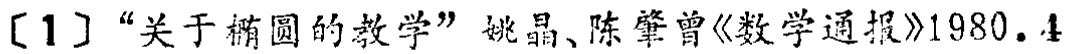
[1] “关于椭圆的教学” 姚晶、陈肇曾《数学通报》1980.4